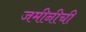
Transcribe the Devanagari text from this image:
जमीनीची